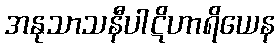
အနုသာသနီပါဋိဟာရိယေန